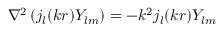
\nabla ^ { 2 } \left( j _ { l } ( k r ) Y _ { l m } \right) = - k ^ { 2 } j _ { l } ( k r ) Y _ { l m }